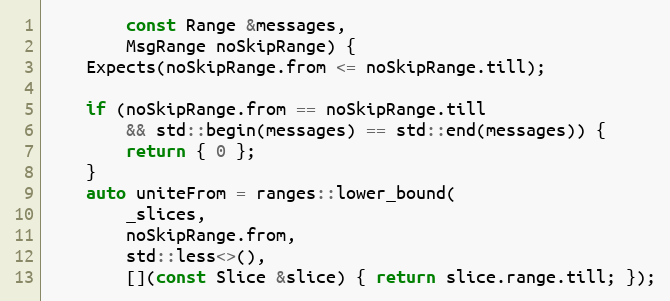
Language: C++
		const Range &messages,
		MsgRange noSkipRange) {
	Expects(noSkipRange.from <= noSkipRange.till);

	if (noSkipRange.from == noSkipRange.till
		&& std::begin(messages) == std::end(messages)) {
		return { 0 };
	}
	auto uniteFrom = ranges::lower_bound(
		_slices,
		noSkipRange.from,
		std::less<>(),
		[](const Slice &slice) { return slice.range.till; });